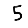
Digit: 5